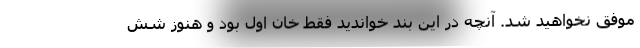
موفق نخواهید شد. آنچه در این بند خواندید فقط خان اول بود و هنوز شش